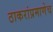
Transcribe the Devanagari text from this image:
ठाकरांप्रमाणेच